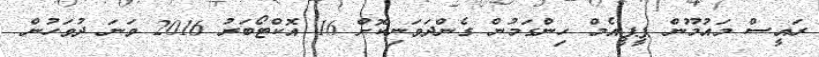
ރައީސް މައުމޫން ޕީޕީއެމް ހިންގަމުން ގެންދަވަނިކޮށް 16 އޮކްޓޯބަރު 2016 ވަނަ ދުވަހުން